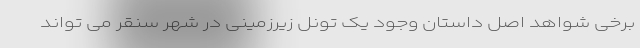
برخی شواهد اصل داستان وجود یک تونل زیرزمینی در شهر سنقر می تواند